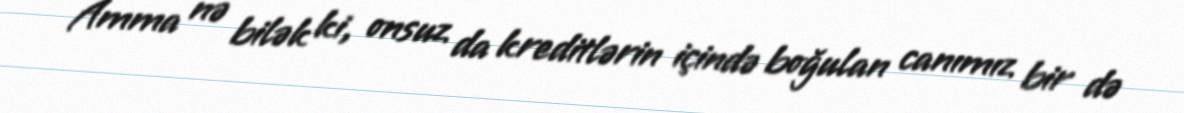
Amma nə bilək ki, onsuz da kreditlərin içində boğulan canımız bir də